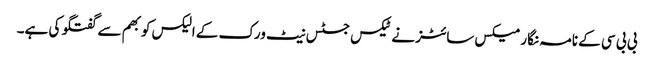
بی بی سی کے نامہ نگار میکس سائٹز نے ٹیکس جسٹس نیٹ ورک کے الیکس کوبھم سے گفتگو کی ہے۔